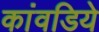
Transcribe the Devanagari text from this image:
कांवडिये